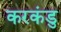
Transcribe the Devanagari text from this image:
करकंडु